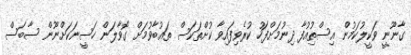
ގާނޫނީ ވަކީލުކަމުން އިސްތިުއުފާ ދިނުމަށްފަހު ކުރެވިފައިވާ ކުށްތަކަސް ތައުބާވުމަށް ގޮވާލަން ހަސީނަކަށްނޫން ސާބަސް